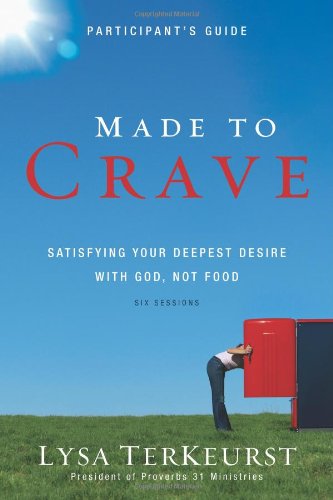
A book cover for Made to Crave Participant's Guide: Satisfying Your Deepest Desire with God, Not Food; Lysa TerKeurst; Christian Books & Bibles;